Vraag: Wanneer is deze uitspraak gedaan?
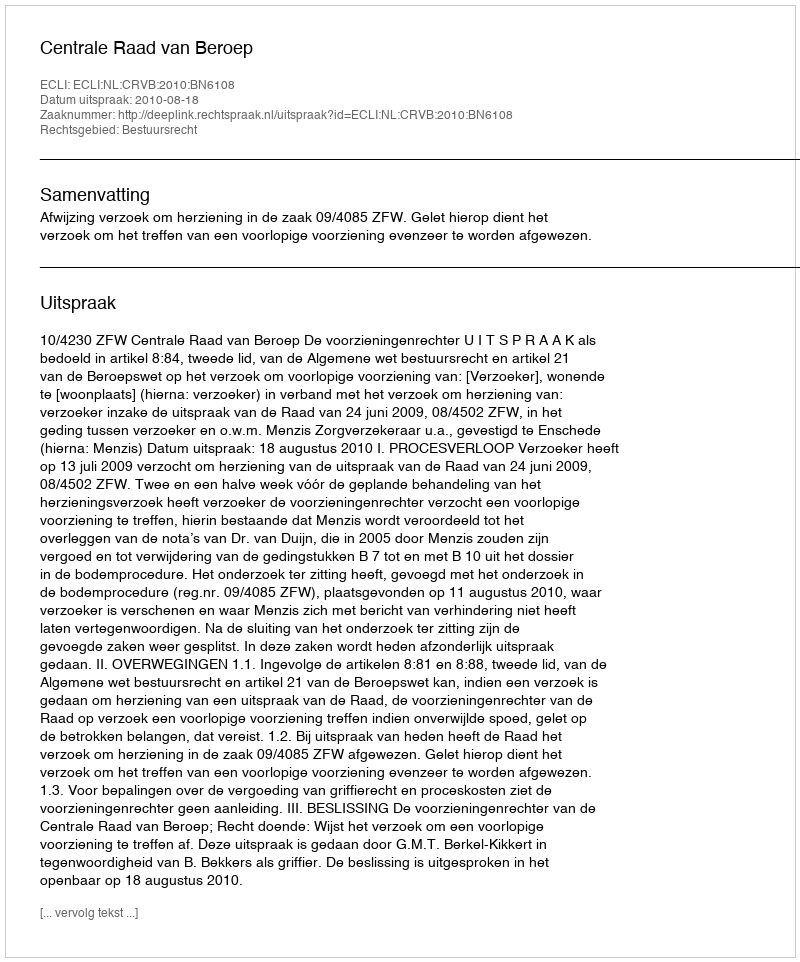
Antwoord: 2010-08-18